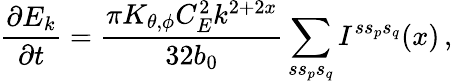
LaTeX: \frac{\partial E_{k}}{\partial t}=\frac{\pi K_{\theta,\phi}C_{E}^{2}k^{2+2x}}{32b_{0}}\sum_{ss_{p}s_{q}}I^{ss_{p}s_{q}}(x)\, ,